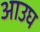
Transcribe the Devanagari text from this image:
आउघ